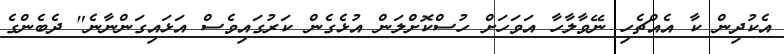
އެކުދިން ކާ އެއްޗެހި ނޭވާލާހާ އަވަހަށް ހުސްކޮށްލަން އުޅެގެން ކަރުގައިވެސް އަޅައިގަންނާނެ" ދެބެންގެ